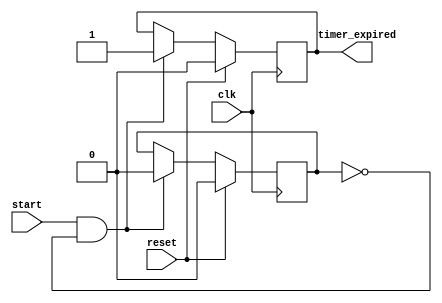
module timer_event #(
    parameter TIMER_DURATION = 1000 // Default timer duration in nanoseconds
)(
    input wire start,         // Signal to start the timer
    input wire reset,         // Signal to reset the timer
    input wire clk,           // Clock signal
    output reg timer_expired  // Output signal indicating timer expiry
);

// State variable to track if the timer is active
reg timer_active;

// State initialization
initial begin
    timer_active = 1'b0;
    timer_expired = 1'b0;
end

// Main timer control process
always @(posedge clk) begin
    if (reset) begin
        // Reset the timer
        timer_active <= 1'b0;
        timer_expired <= 1'b0;
    end else if (start && !timer_active) begin
        // Start the timer and set the active state
        timer_active <= 1'b1;
        timer_expired <= 1'b0;

        // Non-blocking assignment to initiate timer after specified duration
        #TIMER_DURATION timer_active <= 1'b0; // Deactivate timer after duration
        timer_expired <= 1'b1; // Indicate that timer has expired
    end
end

endmodule